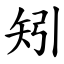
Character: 矧